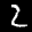
Label: 2